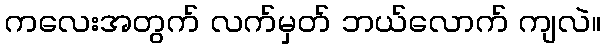
ကလေးအတွက် လက်မှတ် ဘယ်လောက် ကျလဲ။